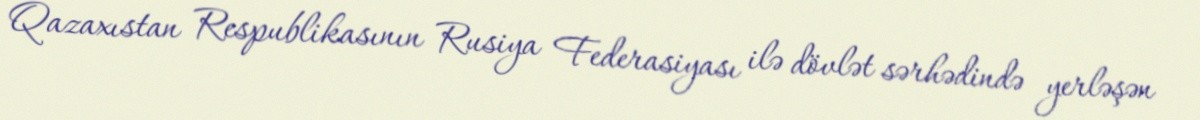
Qazaxıstan Respublikasının Rusiya Federasiyası ilə dövlət sərhədində yerləşən